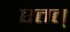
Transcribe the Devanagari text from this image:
एतत्‌